Preliminary report on the development of the Leishman-Donovan body in the bed bug - Number 27
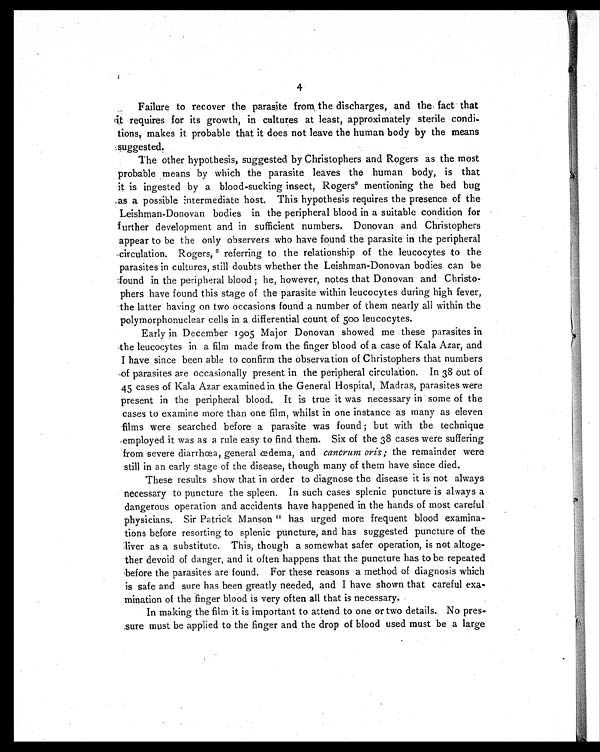
4
Failure to recover the parasite from, the discharges, and the fact that
it requires for its growth, in cultures at least, approximately sterile condi
-tions, makes it probable that it does not leave the human body by the means
suggested.
The other hypothesis, suggested by Christophers and Rogers as the most
probable means by which the parasite leaves the human body, is that
it is ingested by a blood-sucking insect, Rogers 6 m e n t i o n i n g t h e b e d b u g
as a possible intermediate host. This hypothesis requires the presence of the
Leishman-Donovan bodies in the peripheral blood in a suitable condition for
further development and in sufficient numbers. Donovan and Christophers
appear to be the only observers who have found the parasite in the peripheral
circulation. Rogers, 6 referring to the relationship of the leucocytes to the
parasites in cultures, still doubts whether the Leishman-Donovan bodies can be
found in the peripheral blood ; he, however, notes that Donovan and Christo-
phers have found this stage of the parasite within leucocytes during high fever,
the latter having on two occasions found a number of them nearly all within the
polymorphonuclear cells in a differential count of 500 leucocytes.
Early in December 1905 Major Donovan showed me these parasites in
the leucocytes in a film made from the finger blood of a case of Kala Azar, and
I have since been able to confirm the observation of Christophers that numbers
of parasites are occasionally present in the peripheral circulation. In 38 out of
45 cases of Kala Azar examined in the General Hospital, Madras, parasites were
present in the peripheral blood. It is true it was necessary in some of the
cases to examine more than one film, whilst in one instance as many as eleven
films were searched before a parasite was found ; but with the technique
employed it was as a rule easy to find them. Six of the 38 cases were suffering
from severe diarrhœa, general œdema, and cancrum oris ; the remainder were
still in an early stage of the disease, though many of them have since died.
These results show that in order to diagnose the disease it is not always
necessary to puncture the spleen. In such cases splenic puncture is always a
dangerous operation and accidents have happened in the hands of most careful
physicians. Sir Patrick Manson 1 1
has urged more frequent blood examina-
tions before resorting to splenic puncture, and has suggested puncture of the
liver as a substitute. This, though a somewhat safer operation, is not altoge-
ther devoid of danger, and it often happens that the puncture has to be repeated
before the parasites are found. For these reasons a method of diagnosis which
is safe and sure has been greatly needed, and I have shown that careful exa-
mination of the finger blood is very often all that is necessary.
In making the film it is important to attend to one or two details. No pres-
sure must be applied to the finger and the drop of blood used must be a large